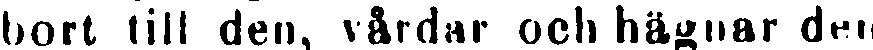
bort till den, vårdar och hägnar den